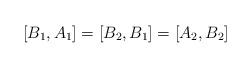
LaTeX: \begin{align*}[B_{1},A_{1}] = [B_{2},B_{1}] = [A_{2},B_{2}]\end{align*}